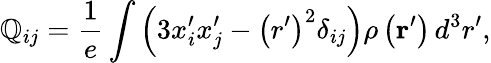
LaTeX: \mathbb{Q}_{ij}={\frac{{1}}{{e}}}\int\left(3x_{i}^{\prime}x_{j}^{\prime}-\left(r^{\prime}\right)^{2}\delta_{ij}\right)\rho\left(\mathbf{{r}}^{\prime}\right)\, d^{3}r^{\prime},